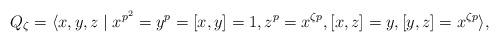
LaTeX: \begin{align*}Q_\zeta=\langle x,y,z \mid x^{p^2}=y^p= [x,y]=1, z^p=x^{\zeta p}, [x,z] = y, [y,z]=x^{\zeta p} \rangle,\end{align*}